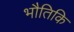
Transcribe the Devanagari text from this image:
भौतिकि